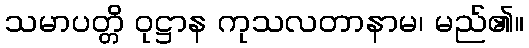
သမာပတ္တိ ဝုဋ္ဌာန ကုသလတာနာမ၊ မည်၏။